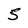
Character: 5